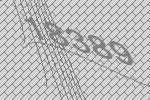
18389